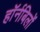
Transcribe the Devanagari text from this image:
हॉर्नबिलों